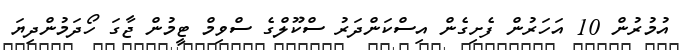
އުމުރުން 10 އަހަރުން ފެށިގެން އިސްކަންދަރު ސްކޫލްގެ ސްވިމް ޓީމުން ޖާގަ ހޯދަމުންދިޔަ